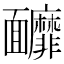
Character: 𩉚